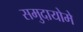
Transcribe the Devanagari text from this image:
समुदायोमे